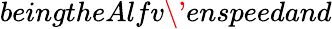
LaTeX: beingtheAlfv\' enspeedand